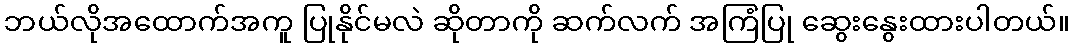
ဘယ်လိုအထောက်အကူ ပြုနိုင်မလဲ ဆိုတာကို ဆက်လက် အကြံပြု ဆွေးနွေးထားပါတယ်။